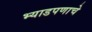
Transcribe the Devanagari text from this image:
भ्याडपणाचे